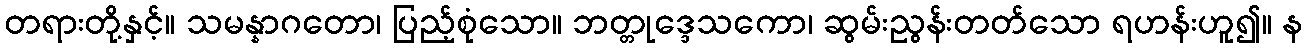
တရားတို့နှင့်။ သမန္နာဂတော၊ ပြည့်စုံသော။ ဘတ္တုဒ္ဒေသကော၊ ဆွမ်းညွန်းတတ်သော ရဟန်းဟူ၍။ န